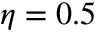
\eta = 0 . 5